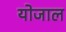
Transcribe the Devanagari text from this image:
योजाल